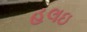
હલઇ